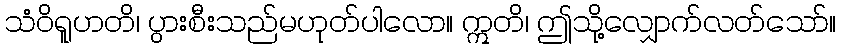
သံဝိရူဟတိ၊ ပွားစီးသည်မဟုတ်ပါလော။ ဣတိ၊ ဤသို့လျှောက်လတ်သော်။